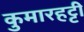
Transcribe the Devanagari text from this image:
कुमारहट्टी